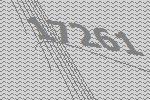
17261